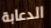
الدعابة